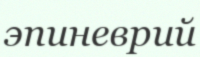
эпиневрий